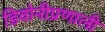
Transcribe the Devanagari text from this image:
डिवोनीप्रणाली